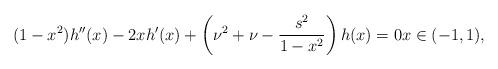
LaTeX: \begin{align*}(1-x^2)h''(x) -2x h'(x) + \left(\nu^2+\nu-\frac{s^2}{1-x^2}\right)h(x) = 0x\in(-1,1),\end{align*}